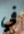
في